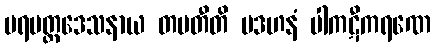
ပရမတ္ထဒေသနာယ တပတီတိ ပဒဟနံ ပါကဋီကရဏေ